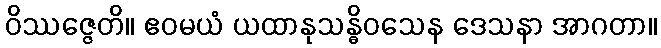
ဝိဿဇ္ဇေတိ။ ဧဝမယံ ယထာနုသန္ဓိဝသေန ဒေသနာ အာဂတာ။